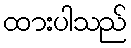
ထားပါသည်